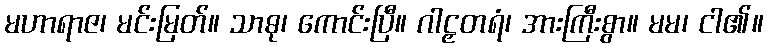
မဟာရာဇ၊ မင်းမြတ်။ သာဓု၊ ကောင်းပြီ။ ဂါဠှတရံ၊ အားကြီးစွာ။ မမ၊ ငါ၏။